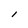
Character: l